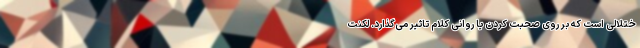
ختلالی است که بر روی صحبت کردن یا روانی کلام تاثیر می‌گذارد. لکنت